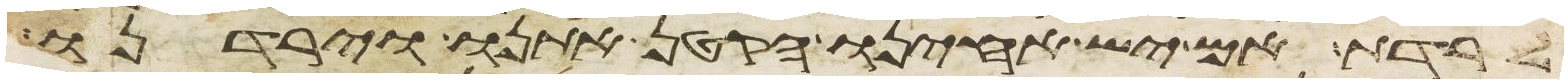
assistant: לרדת אם יש אחינו הקטן אתנו וירדנו